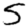
Digit: 5